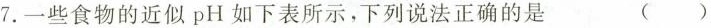
7.一些食物的近似pH如下表所示，下列说法正确的是 ( )